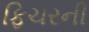
ફિચરની